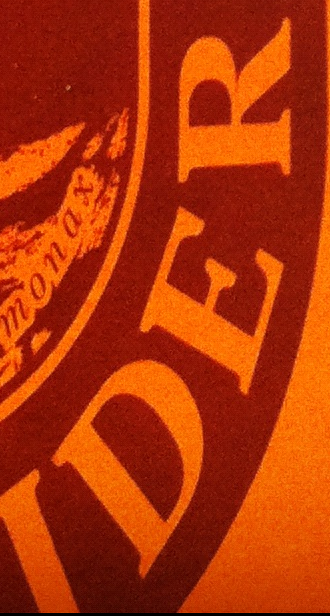
DER